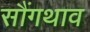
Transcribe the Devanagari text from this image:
सौंगथाव